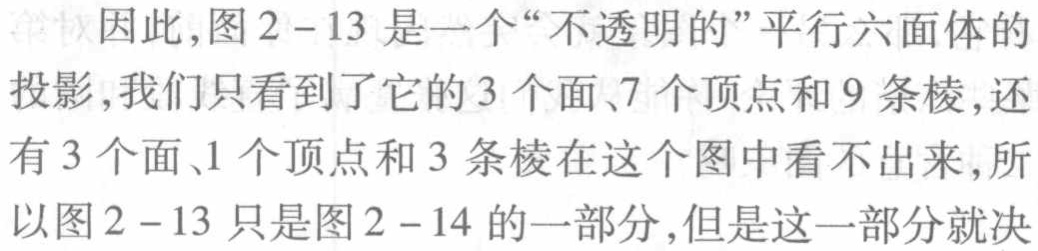
因此,图2 - 13 是一个“不透明的”平行六面体的投影,我们只看到了它的3个面、7个顶点和9条棱,还有3个面、1个顶点和3条棱在这个图中看不出来,所以图2 - 13 只是图2 - 14 的一部分,但是这一部分就决